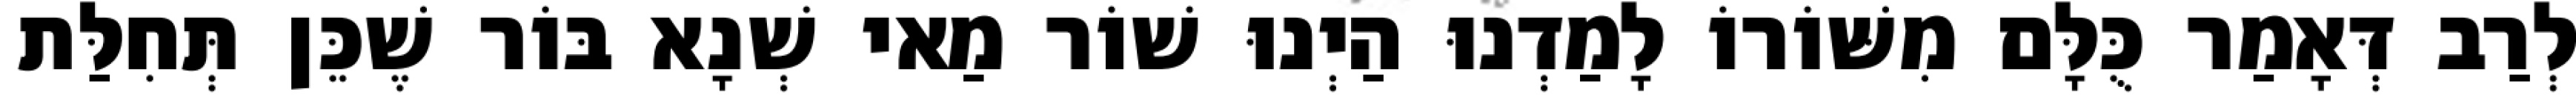
לְרַב דְּאָמַר כֻּלָּם מִשּׁוֹרוֹ לָמַדְנוּ הַיְנוּ שׁוֹר מַאי שְׁנָא בּוֹר שֶׁכֵּן תְּחִלַּת